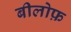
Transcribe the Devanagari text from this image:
बीलोफ़